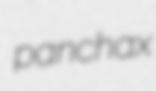
panchax